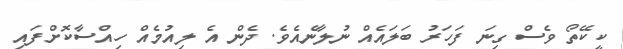
ކީކޭތޯ ވެސް ގިނަ ފަހަރު ބަލައެއް ނުލާނެއެވެ. ދެން އެ ލިއުމެއް ހިއްސާކޮށްފައި